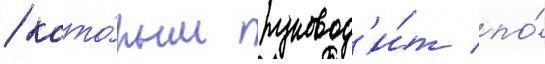
/ кото́рым руковод'и́т по́